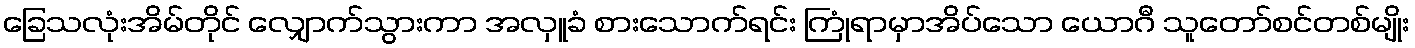
ခြေသလုံးအိမ်တိုင် လျှောက်သွားကာ အလှူခံ စားသောက်ရင်း ကြုံရာမှာအိပ်သော ယောဂီ သူတော်စင်တစ်မျိုး